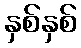
နှစ်နှစ်